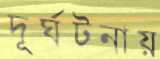
দূর্ঘটনায়